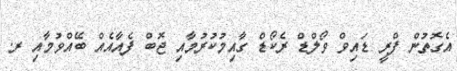
އެގޮތުން ފްރީ ޑައިވް ވޯލްޑް ރެކޯޑް ގާއިމުކުރުމާއި ޖޮބް ފެއާއެއް ބޭއްވުމާއި ރ.